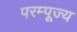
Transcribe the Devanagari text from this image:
परम्पूज्य